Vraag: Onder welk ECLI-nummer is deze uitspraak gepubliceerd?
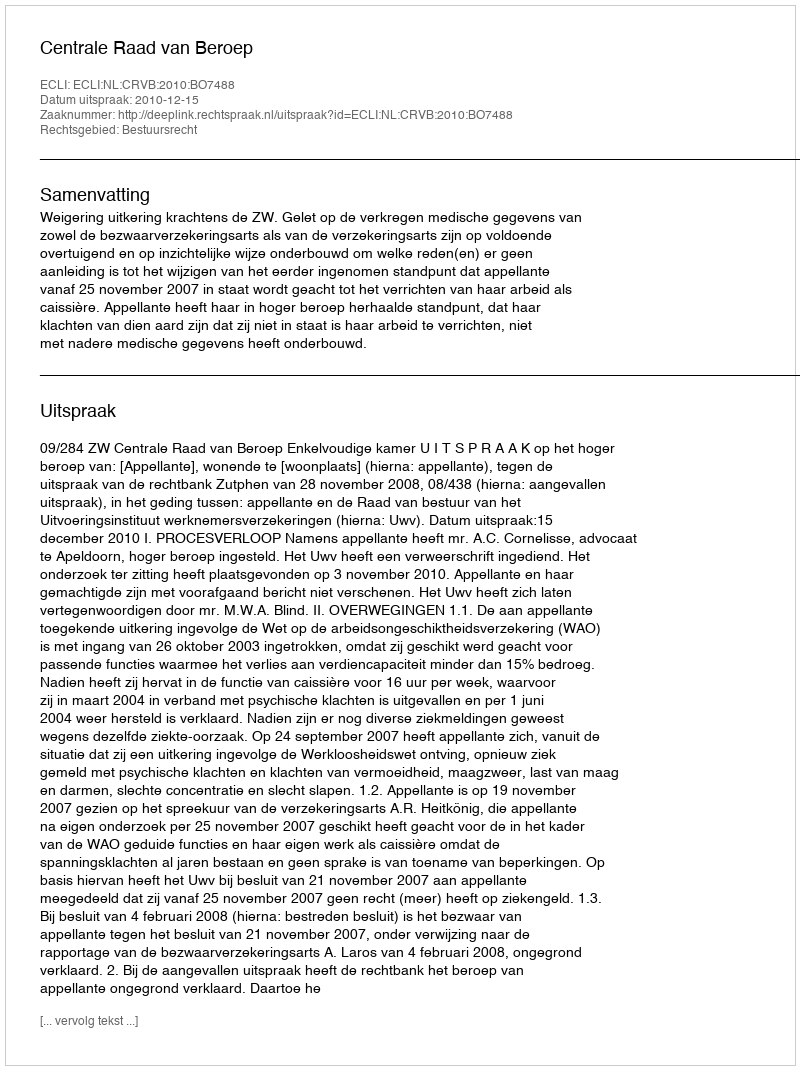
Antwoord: ECLI:NL:CRVB:2010:BO7488